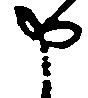
申